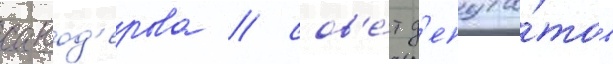
савод'ерова / сов'е́т д'епута́тов